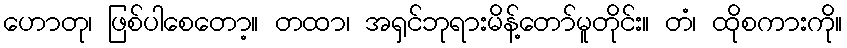
ဟောတု၊ ဖြစ်ပါစေတော့။ တထာ၊ အရှင်ဘုရားမိန့်တော်မူတိုင်း။ တံ၊ ထိုစကားကို။